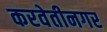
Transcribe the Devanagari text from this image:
करवेतीनगर